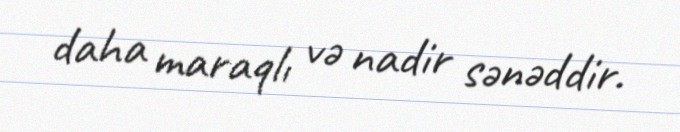
daha maraqlı və nadir sənəddir.